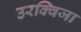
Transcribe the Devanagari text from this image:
उरक्विजा